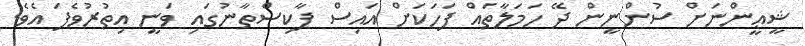
ޝީޢީންނަށް ސުންނީން ދޭ ހަމަލާތައް ފަހަކަށް އައިސް ޕާކިސްތާނުގައި ވަނީ އިތުރުވެފަ އެވެ.